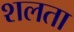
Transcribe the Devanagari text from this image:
शलता